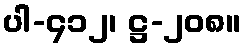
ပါ-၄၁၂၊ ဋ္ဌ-၂၀၈။